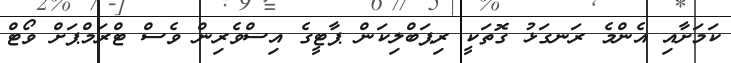
ކަމަށާއި އެންމެ ރަނގަޅު ގޮތަކީ ރިޕަބްލިކަން ޕާޓީގެ އިސްވެރިން ވެސް ޓްރަމްޕަށް ވޯޓް